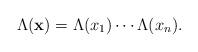
LaTeX: \begin{align*}\Lambda(\mathbf{x})=\Lambda(x_1)\cdots\Lambda(x_n).\end{align*}